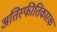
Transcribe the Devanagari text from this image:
अतिस्फीतिकारक